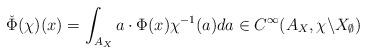
LaTeX: \begin{align*} \check\Phi(\chi)(x) = \int_{A_X} a\cdot \Phi(x) \chi^{-1}(a) da \in C^\infty(A_X,\chi\backslash X_\emptyset)\end{align*}